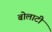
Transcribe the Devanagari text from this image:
बोलाटी